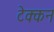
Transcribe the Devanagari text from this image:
टेक्कन